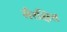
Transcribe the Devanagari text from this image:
सँरक्षित